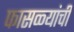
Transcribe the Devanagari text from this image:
फासळ्यांची